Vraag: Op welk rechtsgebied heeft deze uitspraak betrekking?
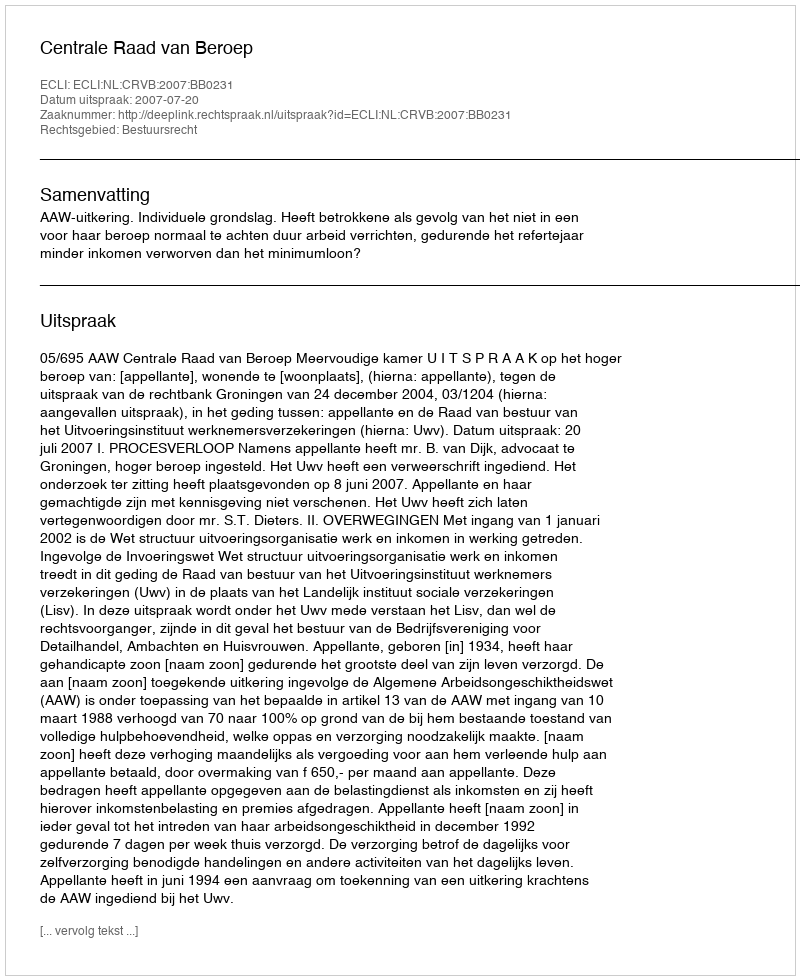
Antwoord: Bestuursrecht